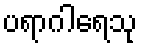
ပရာဂါရေသု